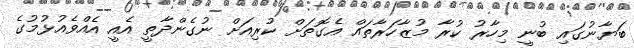
ބަޔާނުގައި ބުނީ މިހާރު ކުރާ މުޒާހަރާތައް އެގޮތަށް ކުރިއަށް ނުގެންދާތީ އެއީ އެއްވެއުޅުމުގެ